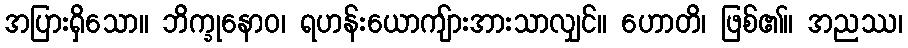
အပြားရှိသော။ ဘိက္ခုနောဝ၊ ရဟန်းယောကျ်ားအားသာလျှင်။ ဟောတိ၊ ဖြစ်၏။ အညဿ၊